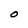
Character: O